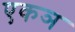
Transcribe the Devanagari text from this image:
एकञ